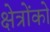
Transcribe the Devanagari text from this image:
क्षेत्रोंको